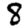
Digit: 8